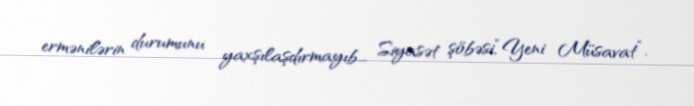
ermənilərin durumunu yaxşılaşdırmayıb... Siyasət şöbəsi,“Yeni Müsavat”.